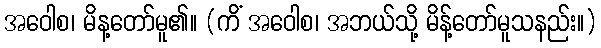
အဝေါစ၊ မိန့တော်မူ၏။ (ကိံ အဝေါစ၊ အဘယ်သို့ မိန့်တော်မူသနည်း။)